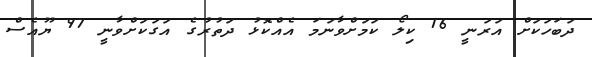
ދަބަހަކަށް އަރަނީ 16 ކިލޯ ކަމަށްވާނަމަ އެއްކޮޅު ދަތުރުގެ އަގަކަށްވާނީ 97 ޔޫއެސް